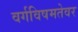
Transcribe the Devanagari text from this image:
वर्गविषमतेवर